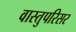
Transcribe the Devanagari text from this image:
वास्तुपरिसर